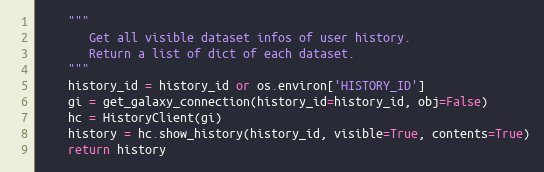
Language: Python
    """
       Get all visible dataset infos of user history.
       Return a list of dict of each dataset.
    """
    history_id = history_id or os.environ['HISTORY_ID']
    gi = get_galaxy_connection(history_id=history_id, obj=False)
    hc = HistoryClient(gi)
    history = hc.show_history(history_id, visible=True, contents=True)
    return history